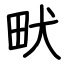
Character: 畎